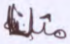
مثلنا